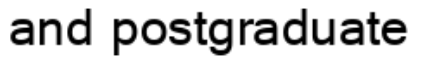
and postgraduate